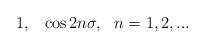
LaTeX: \begin{align*}1,~~\cos2n\sigma , ~~n=1,2,...\end{align*}